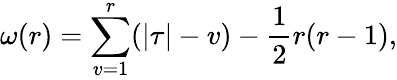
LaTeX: \omega(r)=\sum_{v=1}^{r}(|\tau|-v)-\frac 12r(r-1),